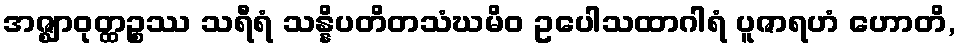
အဇ္ဈာဝုတ္ထဉ္စဿ သရီရံ သန္နိပတိတသံဃမိဝ ဥပေါသထာဂါရံ ပူဇာရဟံ ဟောတိ,